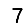
Digit: 7